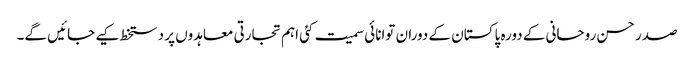
صدر حسن روحانی کے دورہ پاکستان کے دوران توانائی سمیت کئی اہم تجارتی معاہدوں پر دستخط کیے جائیں گے۔